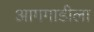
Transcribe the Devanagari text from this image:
आगगाडीला